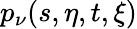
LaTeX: p_{\nu}(s,\eta,t,\xi)